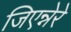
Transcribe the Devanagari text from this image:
जिएन्नेरे